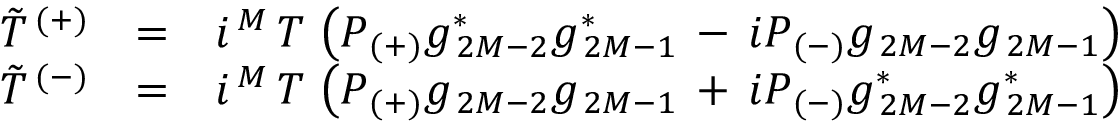
\begin{array} { c c l } { { \tilde { T } ^ { \, ( + ) } } } & { { = } } & { { i ^ { \, M } \, T \, \left( P _ { \, ( + ) } g _ { \, 2 M - 2 } ^ { \ast } g _ { \, 2 M - 1 } ^ { \ast } \, - \, i P _ { \, ( - ) } g _ { \, 2 M - 2 } g _ { \, 2 M - 1 } \right) } } \\ { { \tilde { T } ^ { \, ( - ) } } } & { { = } } & { { i ^ { \, M } \, T \, \left( P _ { \, ( + ) } g _ { \, 2 M - 2 } g _ { \, 2 M - 1 } \, + \, i P _ { \, ( - ) } g _ { \, 2 M - 2 } ^ { \ast } g _ { \, 2 M - 1 } ^ { \ast } \right) } } \end{array}